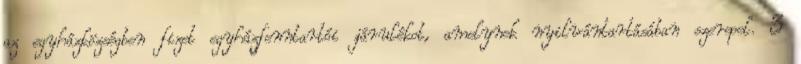
az egyházközségben fizet egyházfenntartói járulékot, amelynek nyilvántartásában szerepel. 3